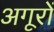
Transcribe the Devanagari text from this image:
अगूरों